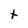
Character: t